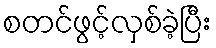
စတင်ဖွင့်လှစ်ခဲ့ပြီး